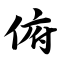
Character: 俯